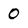
Character: 0